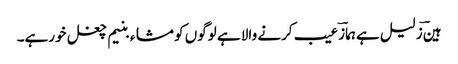
ہینؔ زلیل ہے ہمازؔ عیب کرنے والا ہے لوگوں کو مشاء بنیم چغل خورہے۔